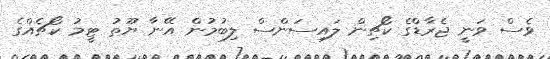
ވެސް ވަނީ ޖެރާޑްގެ ކޯޗިން ލައިސަންސް ލިބުމުން އޭނާ ޔޫތު ޓީމު ކޯޗެއްގެ